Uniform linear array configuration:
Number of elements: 8
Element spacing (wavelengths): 0.5
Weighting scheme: exponential
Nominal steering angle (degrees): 30
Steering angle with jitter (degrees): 29.966
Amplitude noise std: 0.05
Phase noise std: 0.05

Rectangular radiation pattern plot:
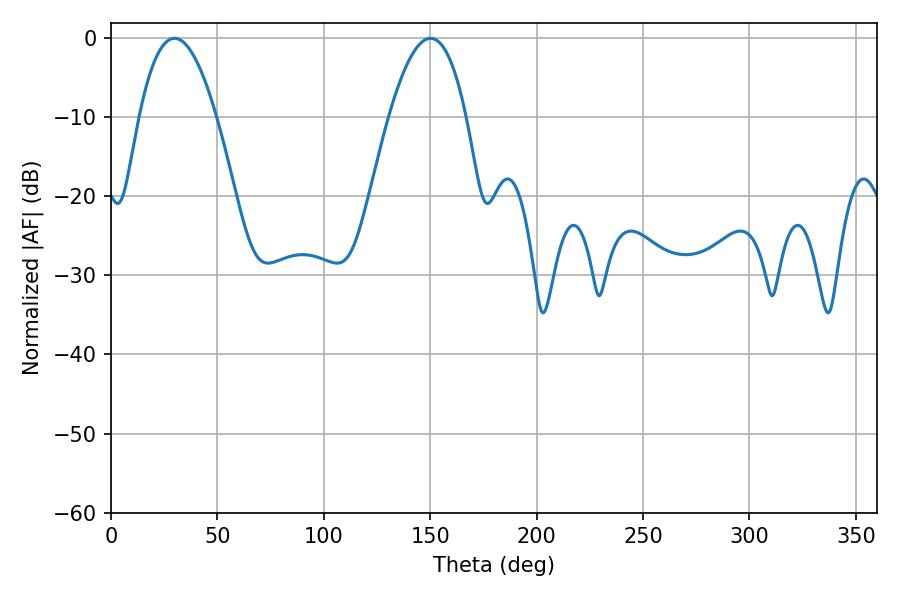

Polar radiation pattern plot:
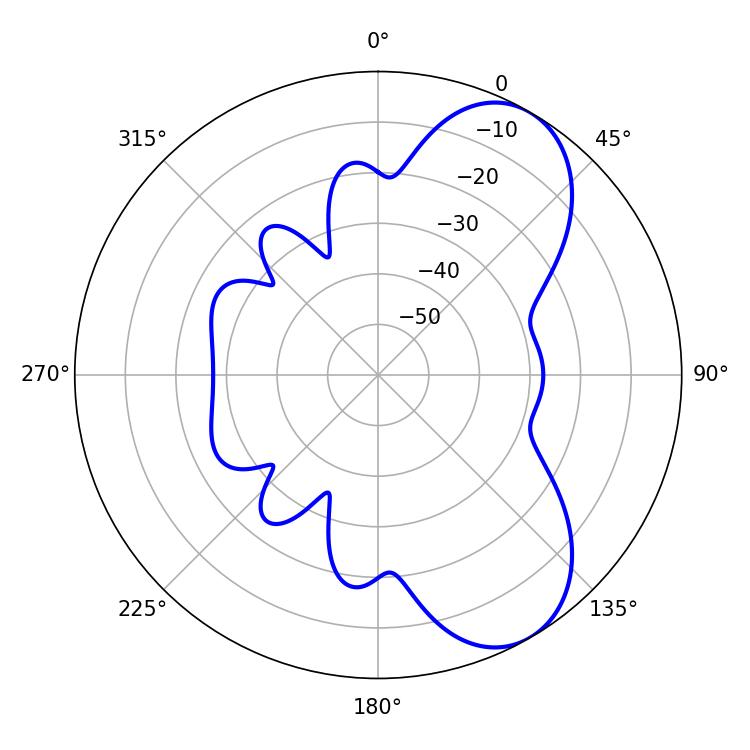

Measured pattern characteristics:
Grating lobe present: FALSE
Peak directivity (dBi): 7.265
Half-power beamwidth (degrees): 19.98
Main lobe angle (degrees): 29.88